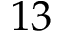
1 3